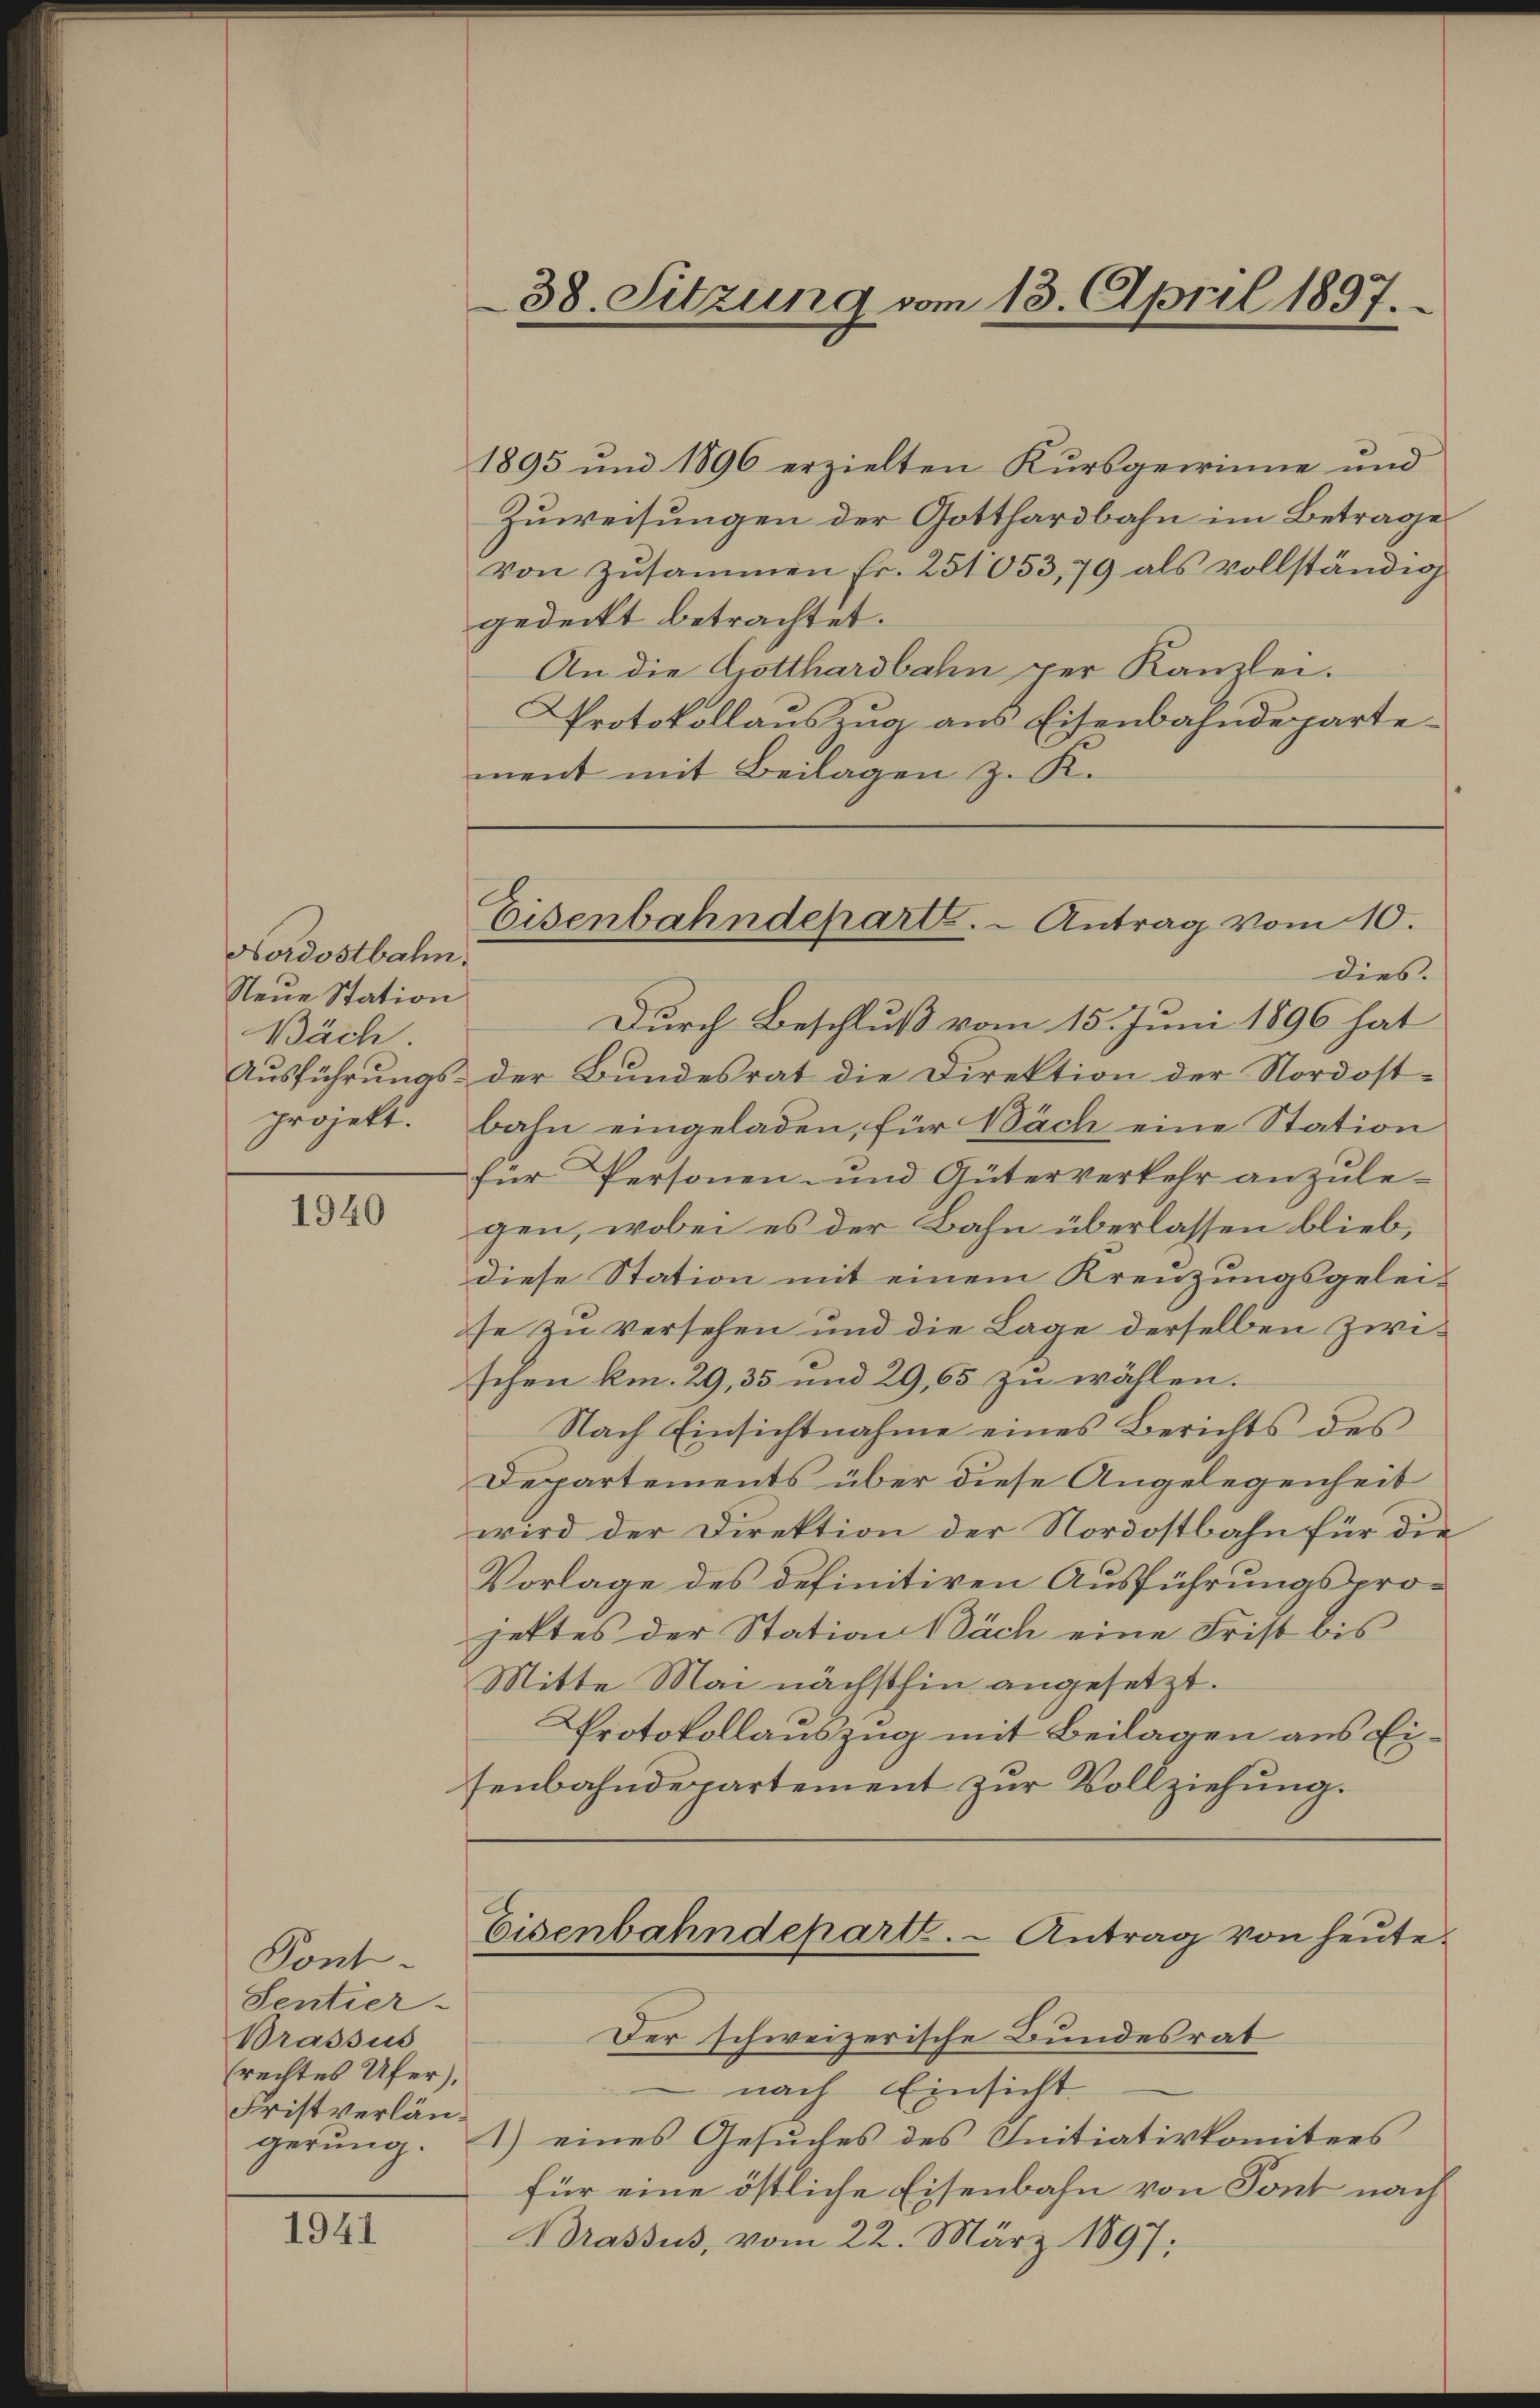
Nordostbahn.
Neue Station
Bäch.

1940

Pont.
Sentier-
Brassus
rechtes Ufer),
Fristverlängerung.

1941

1895 und 1896 erzielten Kursgewinne und
Zuweisungen der Gotthardbahn im Betrage
von Zŭsammen fr. 251053,79 als vollständig
gedeckt betrachtet.
An die Gotthardbahn per Kanzlei.
Protokollauszug aus Eisenbahndepartement mit Beilagen z. K.

38. Sitzung vom 13. April 1897.

Eisenbahndeparte. - Antrag vom 10.

dies.
Durch Beschluß vom 15. Juni 1896 hat
Ausführungs- der Bundesrat die Direktion der Nordost-
projekt. Bahn eingeladen, für Nach eine Station
für Personen- und Güterverkehr anzule-
gen, wobei es der Bahn überlassen blieb,
diese Station mit einem Kreuzungsgeleise zu versehen und die Lage derselben zwischen km. 29, 35 und 29,65 zu wählen.
Nach Einsichtnahme eines Berichts des
Departements über diese Angelegenheit
wird der Direktion der Nordostbahn für die
Vorlage des definitiven Ausführungsprojettes der Station Nach eine Frist bis
Mitte Mai nächsthin angesetzt.
Protokollauszug mit Beilagen aus Eisenbahndepartement zur Vollziehung.
Eisenbahndepart. - Antrag von heute.
Der schweizerische Bundesrat
 nach Einsicht
1) eines Gesuches des Initiativkomitees
für eine östliche Eisenbahn von Sont nach
Brassus, vom 22. März 1897;